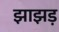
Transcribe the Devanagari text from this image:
झाझड़